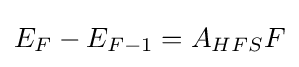
E_{F}-E_{F-1}=A_{HFS}F